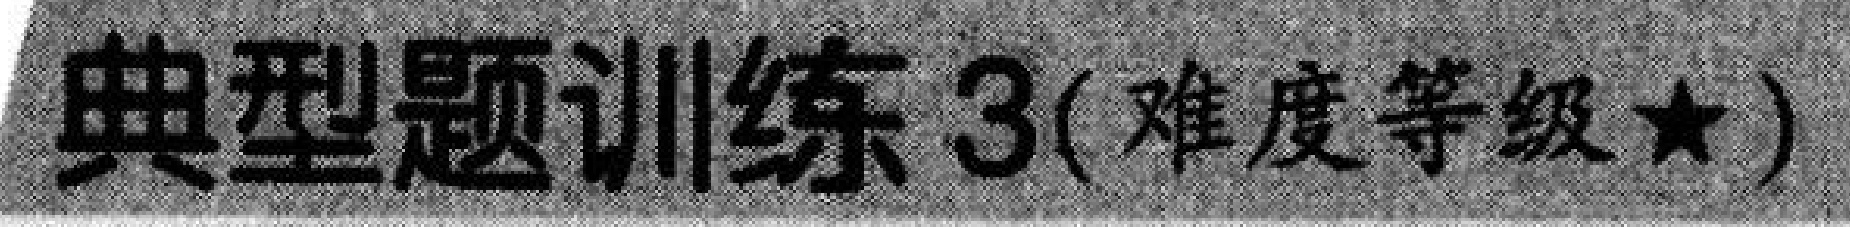
典型题训练 3(难度等级$\star$)